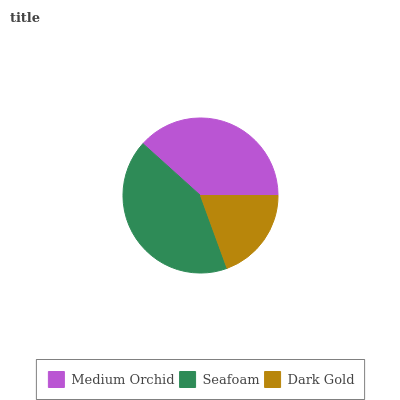
| Medium Orchid | Seafoam | Dark Gold |
 | --- | --- | --- |
 | 38.4% | 42.2% | 19.4% |